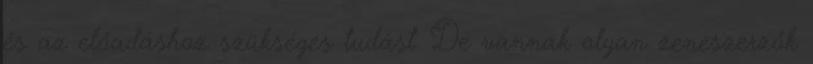
és az előadáshoz szükséges tudást. De vannak olyan zeneszerzők